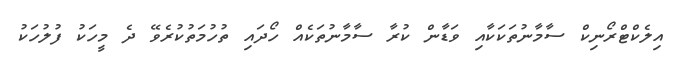
އިލެކްޓްރޯނިކް ސާމާނުތަކަކާއި ވަޑާން ކުރާ ސާމާނުތަކެއް ހޯދައި ތުހުމަތުކުރެވޭ ދެ މީހަކު ފުލުހަކު